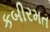
કબીરમત